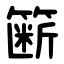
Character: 簖